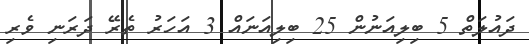
ދައުލަތް 5 ބިލިއަނުން 25 ބިލިއަނައް 3 އަހަރު ތެރޭ ދަރަނި ވެރި